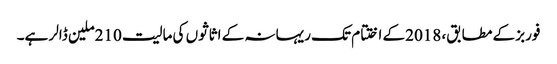
فوربز کے مطابق، 2018کے اختتام تک ریہانہ کے اثاثوں کی مالیت 210ملین ڈالر ہے۔